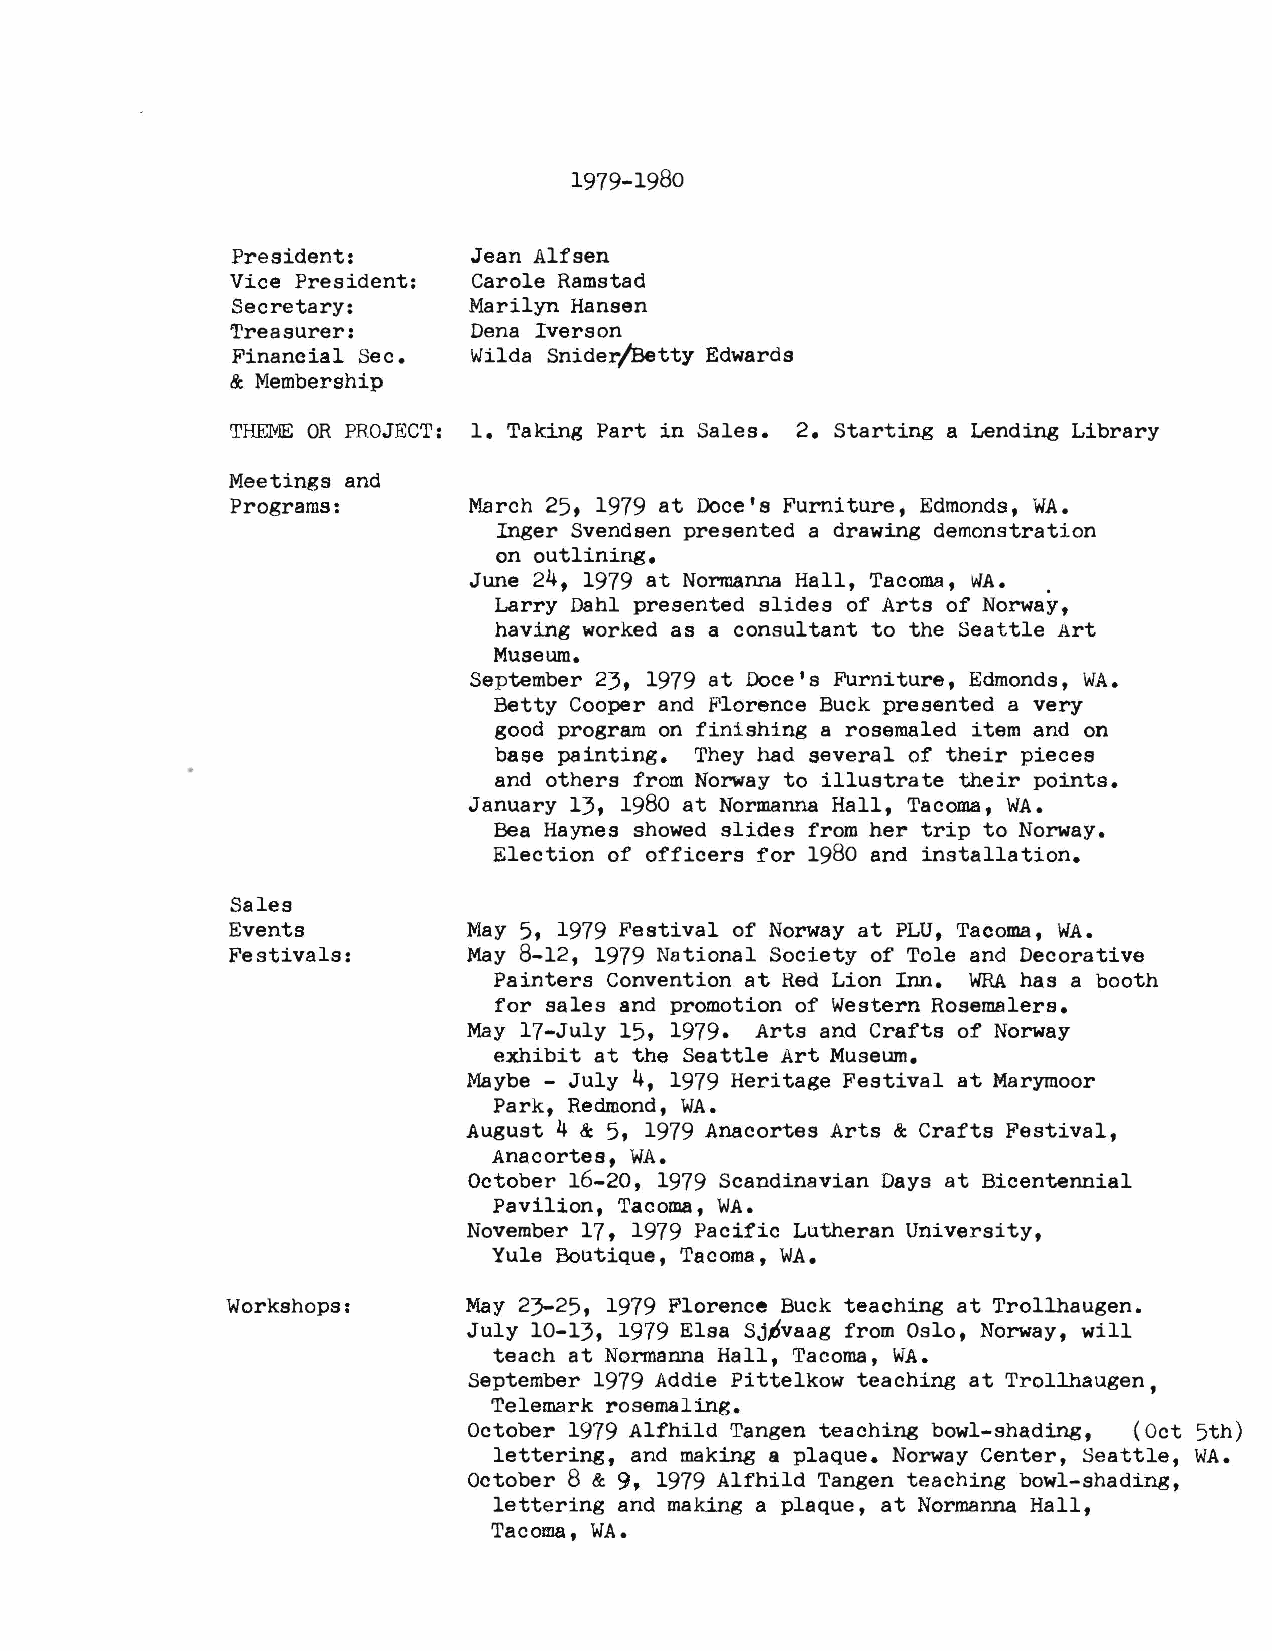
1979-1980
 President:      Jean Alfsen
 Vice President: Carole Ramstad
 Secretary:      Marilyn Hansen
 Treasurer:      Dena Iverson
 Financial Sec.  Wilda Snider/Betty Edwards
 & Membership
 THEMEO R PROJECT: 1. Taking Part in Sales. 2. Starting a Lending Library
 Meetings and
 Programs:       March 25, 1979 at Doce's Furniture, Edmonds, WA.
 Inger Svendsen presented a drawing demonstration
 on outlining.
 June 24, 1979 at Normanna Hall, Tacoma, WA. .
 Larry Dahl presented slides of Arts of Norway,
 having worked as a consultant to the Seattle Art
 Museum.
 September 23, 1979 at Doce's Furniture, Edmonds, WA.
 Betty Cooper and Florence Buck presented a very
 good program on finishing a rosemaled item and on
 base painting. They had several of their pieces
 and others from Norway to illustrate their points.
 January 13, 1980 at Normanna Hall, Tacoma, WA.
 Bea Haynes showed slides from her trip to Norway.
 Election of officers for 1980 and installation.
 Sales
 Events          May 5, 1979 Festival of Norway at PLU, Tacoma, WA.
 Festivals:      May 8-12, 1979 National Society of Tole and Decorative
 Painters Convention at Red Lion Inn. WRAh as a booth
 for sales and promotion of Western Rosemalers.
 May 17-July 15, 1979. Arts and Crafts of Norway
 exhibit at the Seattle Art Museum.
 Maybe - July 4, 1979 Heritage Festival at Marymoor
 Park, Redmond, WA.
 August 4 & 5, 1979 Anacortes Arts & Crafts Festival,
 Anacortes, WA.
 October 16-20, 1979 Scandinavian Days at Bicentennial
 Pavilion, Tacoma, WA.
 November 17, 1979 Pacific Lutheran University,
 Yule Boutique, Tacoma, WA.
 Workshops:      May 23-25, 1979 Florence Buck teaching at Trollhaugen.
 July 10-13, 1979 Elsa Sj~vaag from Oslo, Norway, will
 teach at Nonnanna Hall, Tacoma, WA.
 September 1979 Addie Pittelkow teaching at Trollhaugen,
 Telemark rosemaling.
 October 1979 Alfhild Tangen teaching bowl-shading, (Oct 5th)
 lettering, and making a plaque. Norway Center, Seattle, WA.
 October 8 & 9, 1979 Alfhild Tangen teaching bowl-shading,
 lettering and making a plaque, at Normanna Hall,
 Tacoma, WA.